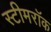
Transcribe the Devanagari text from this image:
स्टीमरॉक